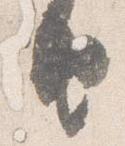
由